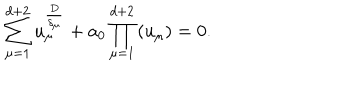
LaTeX: \sum _ { \mu = 1 } ^ { d + 2 } u _ { \mu } ^ { \frac { D } { \delta _ { \mu } } } + a _ { 0 } \prod _ { \mu = 1 } ^ { d + 2 } \left( u _ { \mu } \right) = 0 .